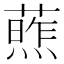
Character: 𫉧